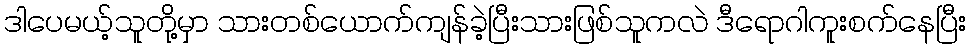
ဒါပေမယ့်သူတို့မှာ သားတစ်ယောက်ကျန်ခဲ့ပြီးသားဖြစ်သူကလဲ ဒီရောဂါကူးစက်နေပြီး